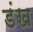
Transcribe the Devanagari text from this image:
डंख